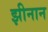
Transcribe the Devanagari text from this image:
झीनान